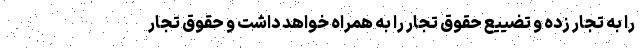
را به تجار زده و تضییع حقوق تجار را به همراه خواهد داشت و حقوق تجار